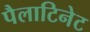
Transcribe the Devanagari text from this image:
पैलाटिनेट